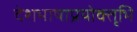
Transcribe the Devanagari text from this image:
देशभाषाप्रयोक्तृभि